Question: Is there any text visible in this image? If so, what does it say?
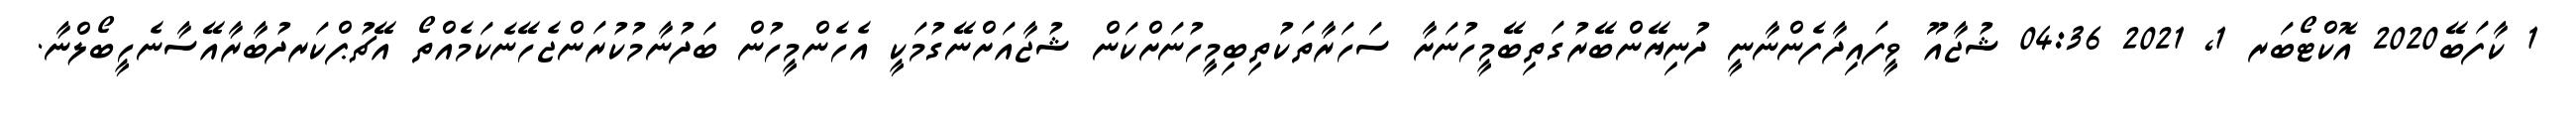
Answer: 1 ކާފަބޭ2020 އޮކްޓޯބަރ 1, 2021 04:36 ޝުޖާއޫ ވީފައިދާފެންނާނީ ދުނިޔޭންބޭރުގަތިބޭމީހުނަށާ ސަހަރާތަކުތިބިމީހުނަށްކަން ޝުޖާއަށްނޭގުމަކީ އެހެންމީހުން ބަދުނާމުކުރަންޖެހޭނެކަމެއްތޯ އޭޗުޕްކަރދުބާރާއޭސާނެހީބޯލްނާ.